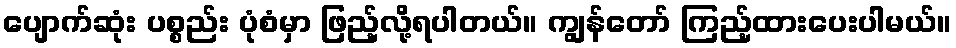
ပျောက်ဆုံး ပစ္စည်း ပုံစံမှာ ဖြည့်လို့ရပါတယ်။ ကျွန်တော် ကြည့်ထားပေးပါမယ်။